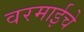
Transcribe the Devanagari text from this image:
वरमाईचे